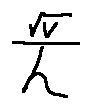
\frac { \sqrt { V } } { h }